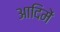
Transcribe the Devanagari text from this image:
आदिमें